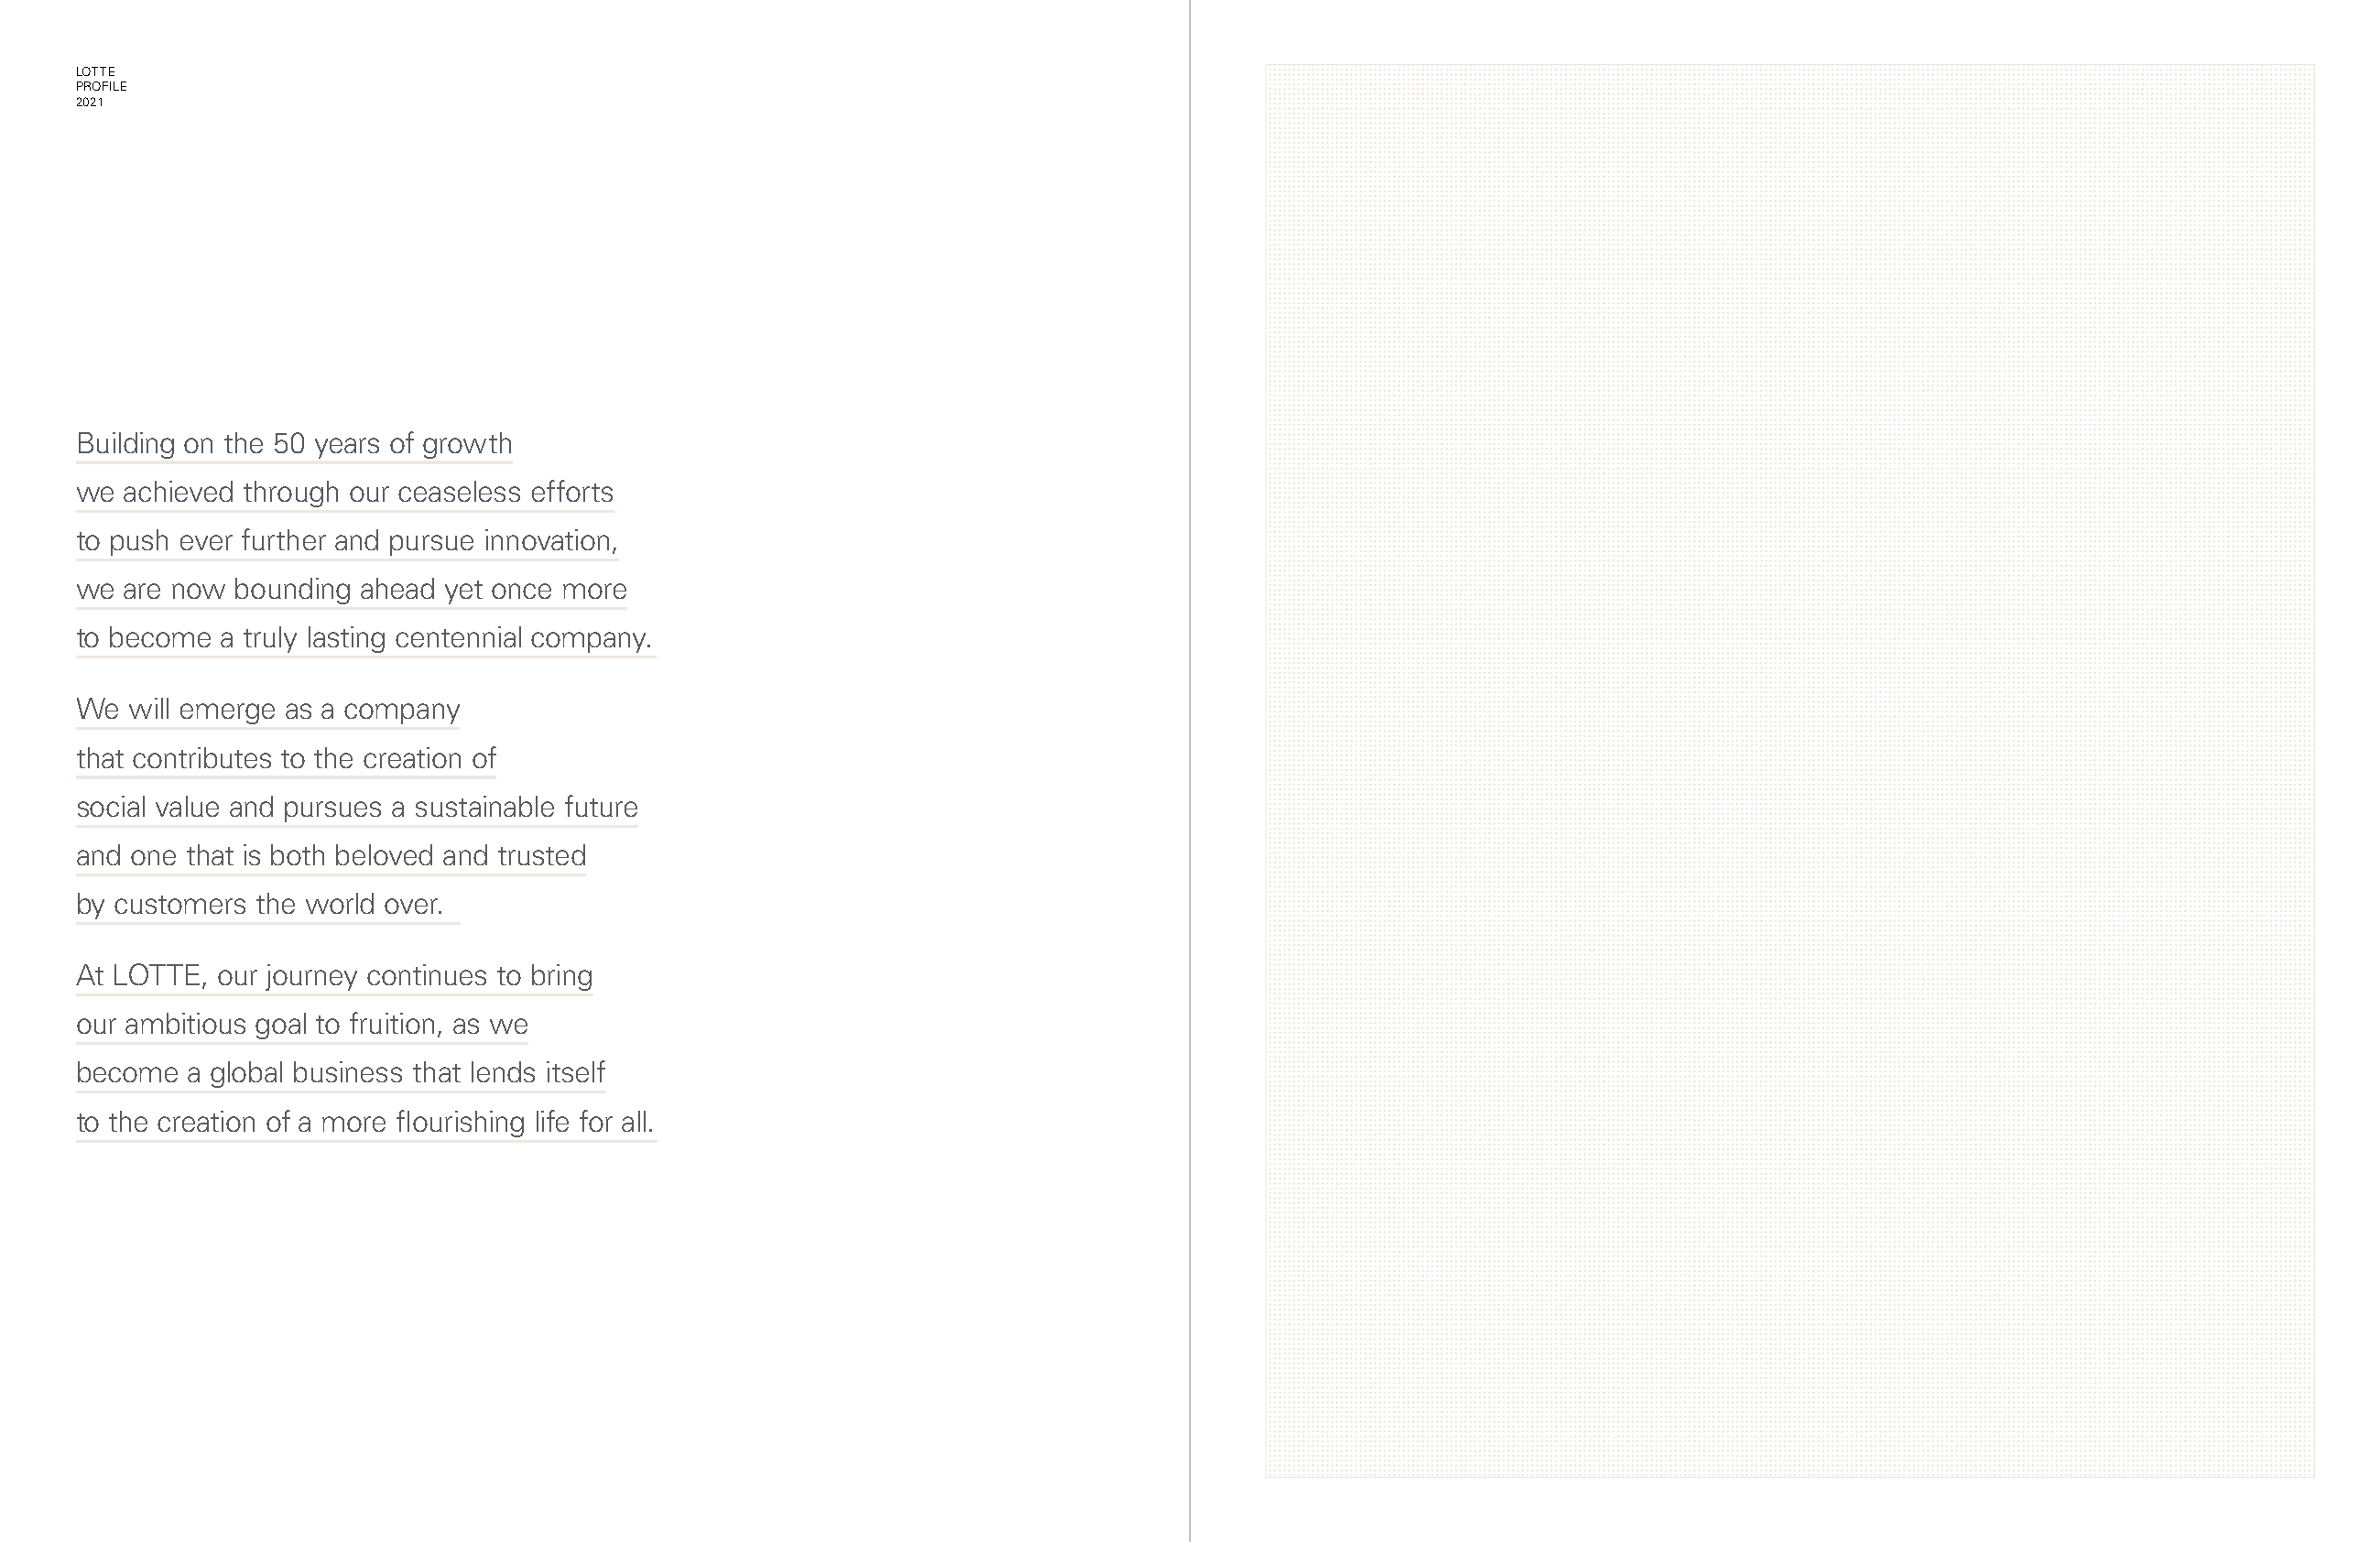
LOTTE                                                                                                                                                           79
 PROFILE
 2021
 Building on the 50 years of growth
 we  achieved through our ceaseless efforts
 to push ever further and pursue innovation,
 we  are now bounding ahead yet once more
 to become  a truly lasting centennial company.
 We  will emerge as a company
 that contributes to the creation of
 social value and pursues a sustainable future
 and one that is both beloved and trusted
 by customers the world over.
 At LOTTE,  our journey continues to bring
 our ambitious goal to fruition, as we
 become   a global business that lends itself
 to the creation of a more flourishing life for all.